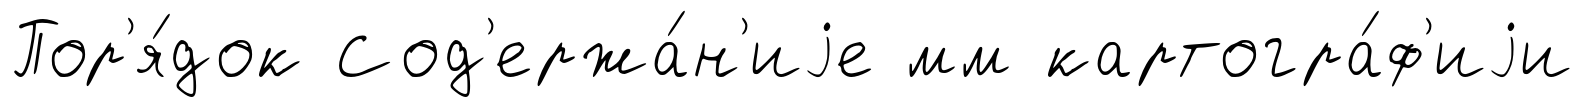
Пор'я́док Сод'ержа́н'иjе мм картогра́ф'иjи